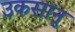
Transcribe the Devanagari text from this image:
उकसानू